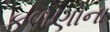
કળણોના